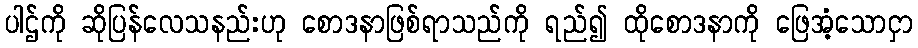
ပါဌ်ကို ဆိုပြန်လေသနည်းဟု စောဒနာဖြစ်ရာသည်ကို ရည်၍ ထိုစောဒနာကို ဖြေအံ့သောငှာ